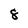
Character: 8